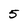
Character: 5